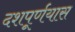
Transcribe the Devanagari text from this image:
दशपूर्णयास